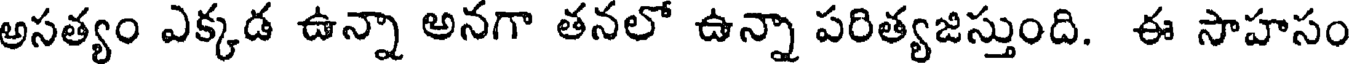
అసత్యం ఎక్కడ ఉన్నా అనగా తనలో ఉన్నా పరిత్యజిస్తుంది. ఈ సాహసం